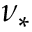
\nu _ { * }